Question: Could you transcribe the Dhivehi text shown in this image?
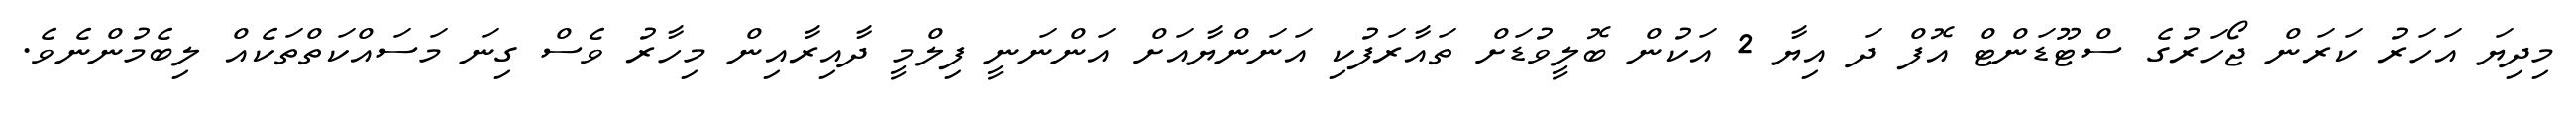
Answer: މިދިޔަ އަހަރު ކަރަން ޖޯހަރުގެ ސްޓޫޑަންޓް އޮފް ދަ އިޔާ 2 އަކުން ބޮލީވުޑަށް ތައާރަފުކި އަނަންޔާއަށް އަންނަނީ ފިލްމީ ދާއިރާއިން މިހާރު ވެސް ގިނަ މަސައްކަތްތަކެއް ލިބެމުންނެވެ.